Investigations into the jail dietaries of the United Provinces with some observations on the influence of dietary on the physical development and well-being of the people of the United Provinces - Number 48
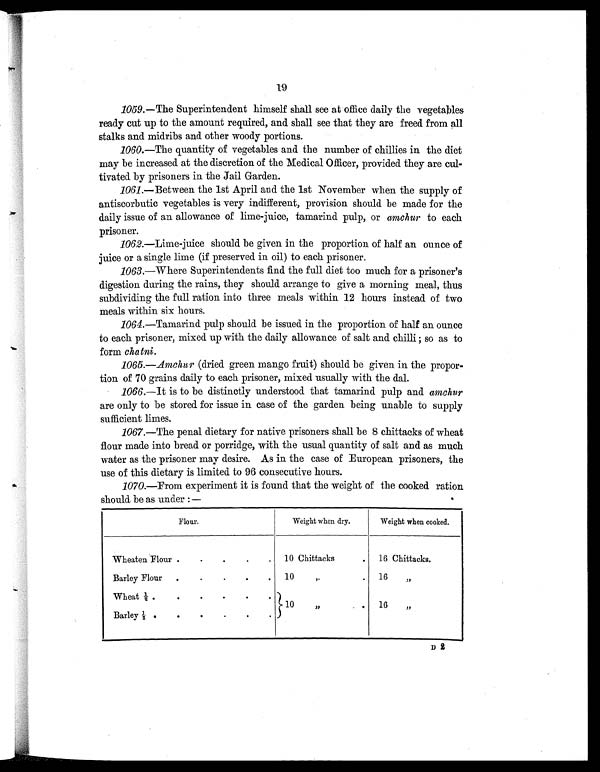
19
1059. —The Superintendent himself shall see at office daily the vegetables
ready cut up to the amount required, and shall see that they are freed from all
stalks and midribs and other woody portions.
1060. —The quantity of vegetables and the number of chillies in the diet
may be increased at the discretion of the Medical Officer, provided they are cul-
tivated by prisoners in the Jail Garden.
1061. —Between the 1st April and the 1st November when the supply of
antiscorbutic vegetables is very indifferent, provision should be made for the
daily issue of an allowance of lime-juice, tamarind pulp, or amchur to each
prisoner.
1062.—Lime-juice should be given in the proportion of half an ounce of
juice or a single lime (if preserved in oil) to each prisoner.
1063. —Where Superintendents find the full diet too much for a prisoner's
digestion during the rains, they should arrange to give a morning meal, thus
subdividing the full ration into three meals within 12 hours instead of two
meals within six hours.
1064. —Tamarind pulp should be issued in the proportion of half an ounce
to each prisoner, mixed up with the daily allowance of salt and chilli ; so as to
form chatni.
1065.—Amchur (dried green mango fruit) should be given in the propor-
tion of 70 grains daily to each prisoner, mixed usually with the dal.
1066. —It is to be distinctly understood that tamarind pulp and amchur
are only to be stored for issue in case of the garden being unable to supply
sufficient limes.
1067. —The penal dietary for native prisoners shall be 8 chittacks of wheat
flour made into bread or porridge, with the usual quantity of salt and as much
water as the prisoner may desire. As in the case of European prisoners, the
use of this dietary is limited to 96 consecutive hours.
1070. —From experiment it is found that the weight of the cooked ration
should be as under:—
Flour.
Weight when dry.
Weight when cooked.
Wheaten Flour .
.
.
.
. 10 Chittacks
. 16 Chittacks.
Barley Flour .
.
.
.
. 1 0 „
. 16 „
Wheat ½ .
.
.
.
.
.
10 „
. 16 „
Barley ½ .
.
.
.
.
.
D 2